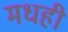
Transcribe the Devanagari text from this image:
मधही